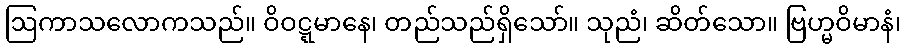
ဩကာသလောကသည်။ ဝိဝဋ္ဋမာနေ၊ တည်သည်ရှိသော်။ သုညံ၊ ဆိတ်သော။ ဗြဟ္မဝိမာနံ၊